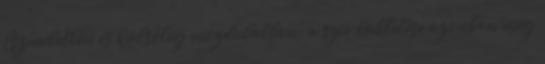
Eszméletlen és külsőleg mozdulatlan; a szív lüktetése azonban még